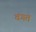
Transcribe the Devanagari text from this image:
वंगत